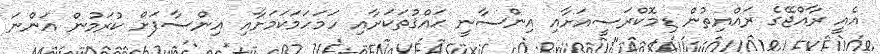
އެއީ ރާއްޖޭގެ ރައްޔިތުން ޑިމޮކްރަސީއަށާއި އިންސާނީ ޙައްޤުތަކަށާއި ހަމަހަމަކަމަށާއި އިންސާފަށް ކުރަމުން އަންނަ